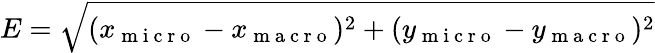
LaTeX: E=\sqrt{(x_{\mathrm{~m~i~c~r~o~}}-x_{\mathrm{~m~a~c~r~o~}})^{2}+(y_{\mathrm{~m~i~c~r~o~}}-y_{\mathrm{~m~a~c~r~o~}})^{2}}